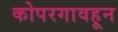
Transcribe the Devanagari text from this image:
कोपरगावहून